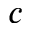
c